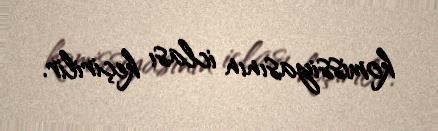
komissiyasının iclası keçirilir.